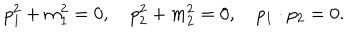
LaTeX: p _ { 1 } ^ { 2 } + m _ { 1 } ^ { 2 } = 0 , \quad p _ { 2 } ^ { 2 } + m _ { 2 } ^ { 2 } = 0 , \quad p _ { 1 } \cdot p _ { 2 } = 0 .